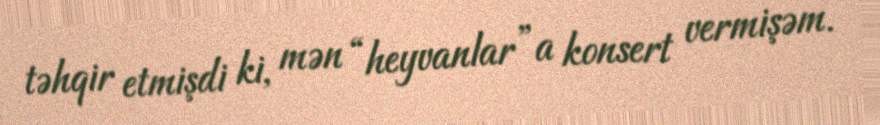
təhqir etmişdi ki, mən “heyvanlar”a konsert vermişəm.